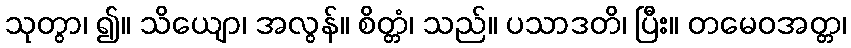
သုတွာ၊ ၍။ သိယျော၊ အလွန်။ စိတ္တံ၊ သည်။ ပသာဒတိ၊ ပြီး။ တမေဝအတ္တ၊